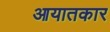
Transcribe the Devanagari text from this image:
आयातकार